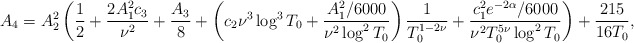
\begin{align*} A_4 = A_2^2\left( \frac{1}{2} + \frac{2A_1^2 c_3}{\nu^2} + \frac{A_3}{8} + \left( c_2 \nu^3 \log^3T_0 + \frac{A_1^2/6000}{\nu^2 \log^2 T_0} \right) \frac{1}{T_0^{1-2\nu}} + \frac{c_1^2 e^{-2\alpha} /6000 }{\nu^2 T_0^{5\nu}\log^2 T_0} \right) + \frac{215}{16T_0} ,\end{align*}